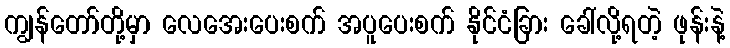
ကျွန်တော်တို့မှာ လေအေးပေးစက် အပူပေးစက် နိုင်ငံခြား ခေါ်လို့ရတဲ့ ဖုန်းနဲ့